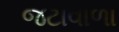
જટાવાળા